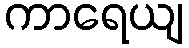
ကာရေယျ